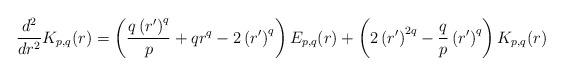
LaTeX: \begin{align*}\frac{{d^2 }}{{dr^2 }} {K_{p,q} (r)} = \left( {\frac{{q\left( {r'} \right)^q }}{p} + qr^q - 2\left( {r'} \right)^q } \right)E_{p,q} (r) + \left( {2\left( {r'} \right)^{2q} - \frac{q}{p}\left( {r'} \right)^q } \right)K_{p,q} (r)\end{align*}